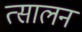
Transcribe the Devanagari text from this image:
त्सालन